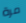
مرة